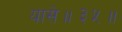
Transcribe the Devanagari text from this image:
यासे॥३५॥